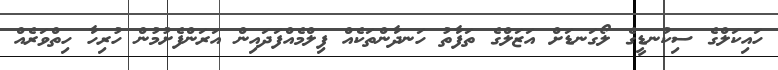
ހައިކަލްގެ ސިކުނޑީގެ ލޯގަނޑަށް އަޒަލްގެ ތަފާތު ހަނދާންތަކެއް ފިލްމެއްފަދައިން އަރަންފެށުމުން ހުރިހާ ހިތްވަރެއް